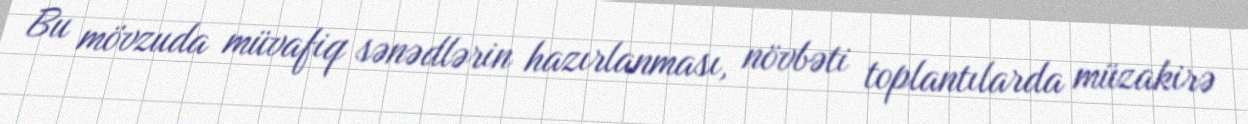
Bu mövzuda müvafiq sənədlərin hazırlanması, növbəti toplantılarda müzakirə